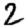
Digit: 2